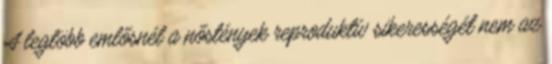
A legtöbb emlősnél a nőstények reproduktív sikerességét nem az